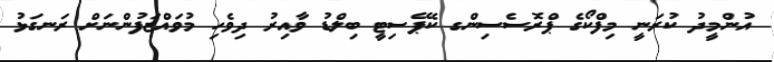
އުންމީދު ކުރަނީ މިފްކޯގެ ޕްރޮސެސިންގ ކެޕޭސިޓީ ބިލްޑު ވާއިރު ދިވެހި މުވައްޒަފުންނަށް ރަނގަޅު